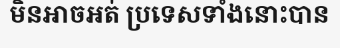
មិនអាចអត់ ប្រទេសទាំងនោះបាន